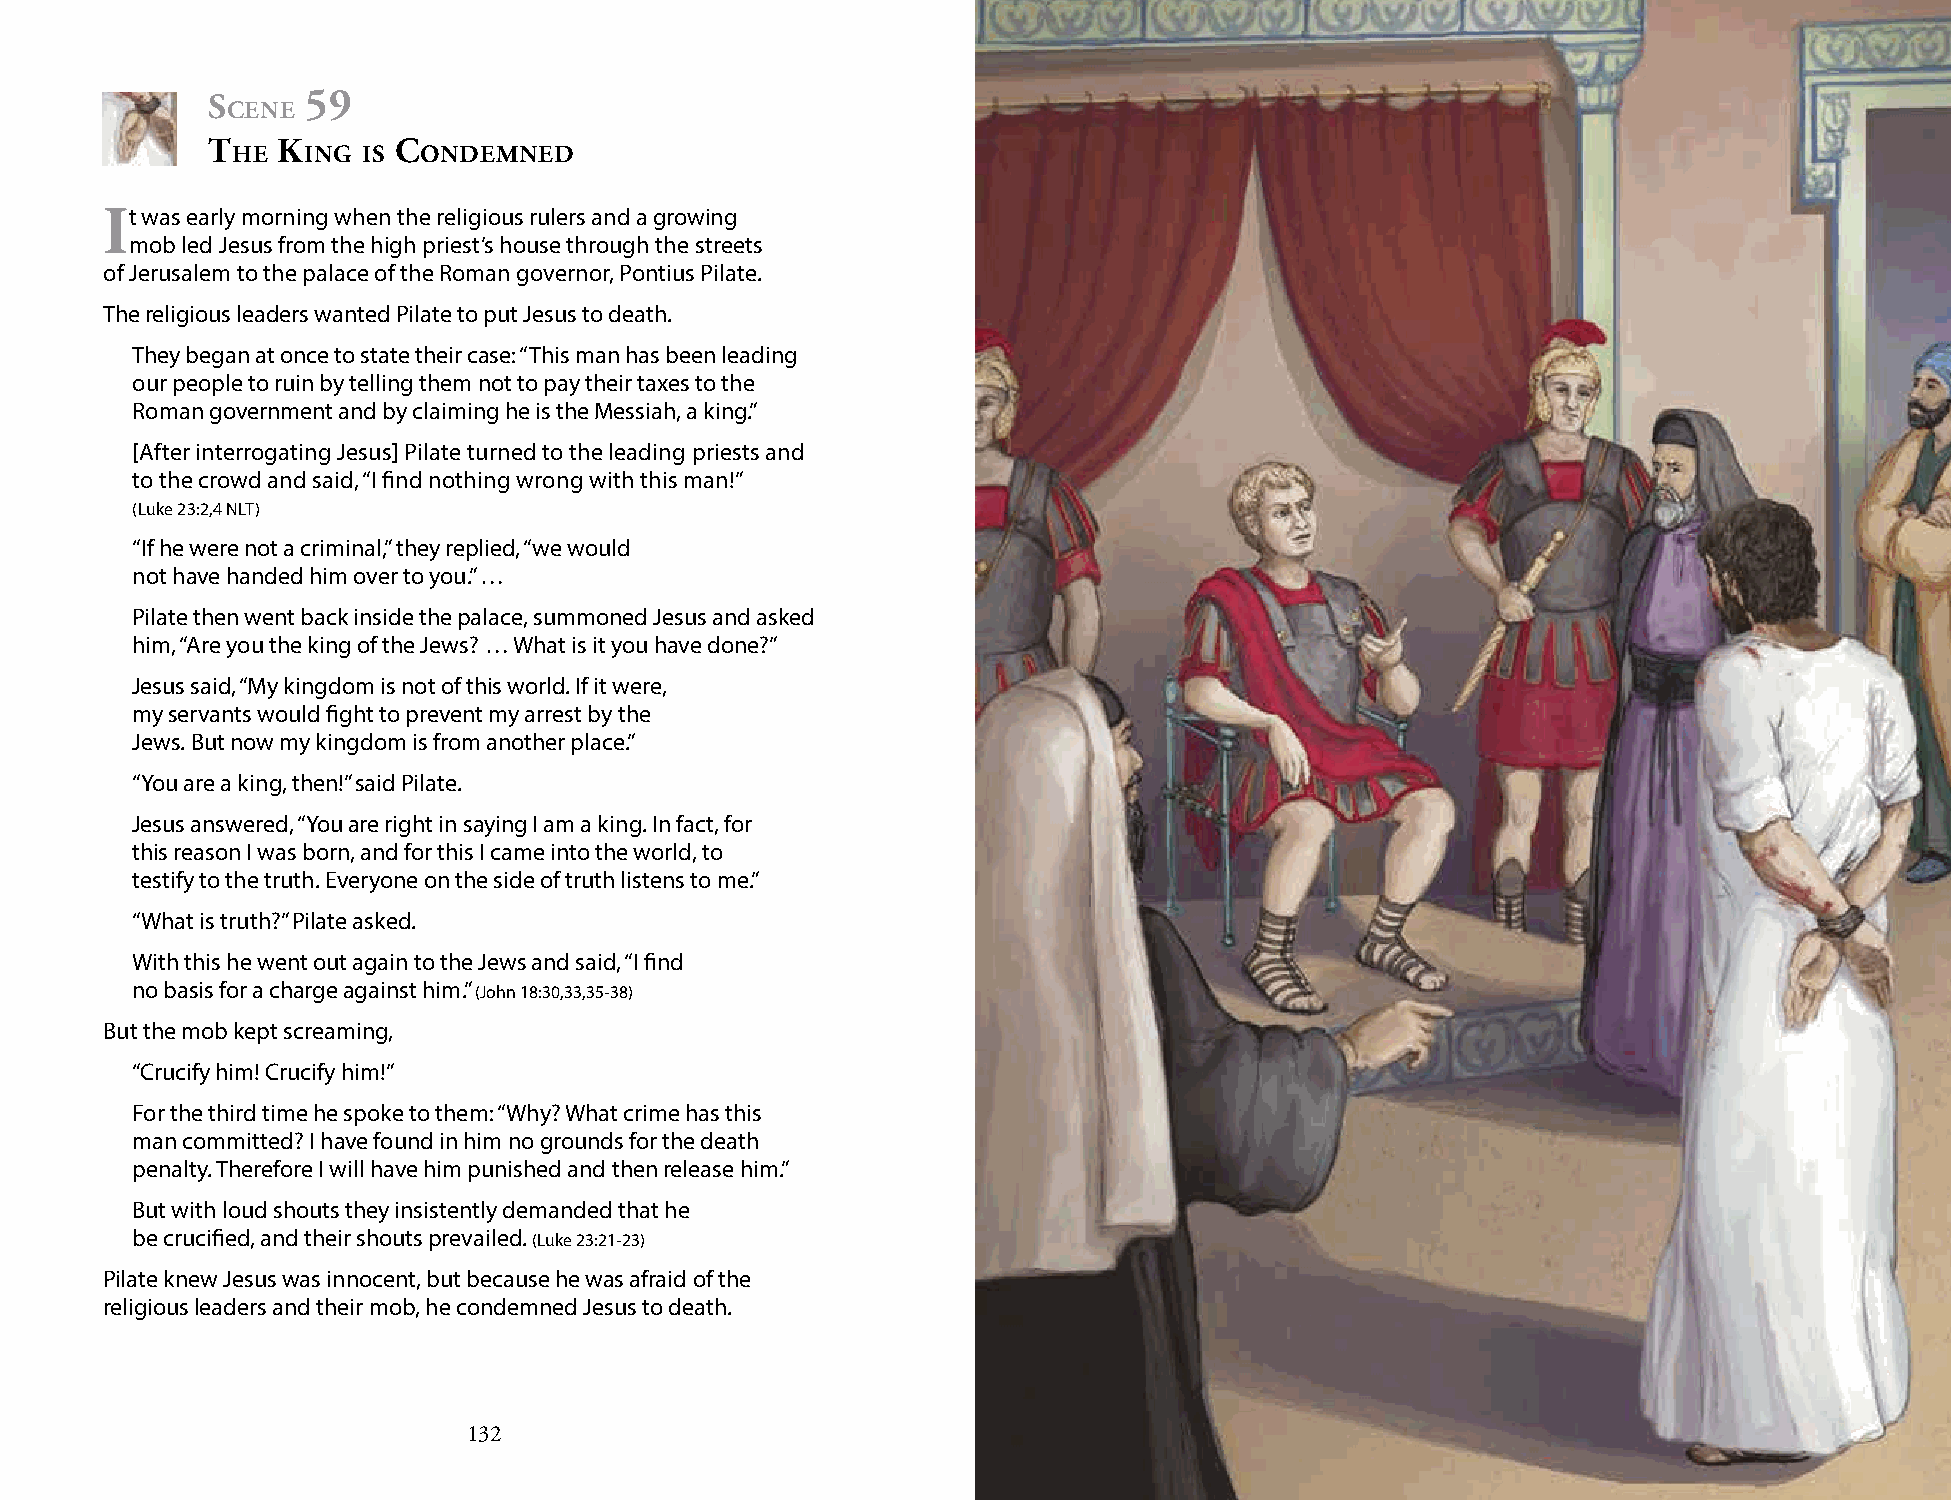
s     59
 cene
 t   K       c
 he   ing is  ondemned
 it was early morning when the religious rulers and a growing
 mob led Jesus from the high priest’s house through the streets
 of Jerusalem to the palace of the Roman governor, Pontius Pilate.
 The religious leaders wanted Pilate to put Jesus to death.
 They began at once to state their case: “This man has been leading
 our people to ruin by telling them not to pay their taxes to the
 Roman government and by claiming he is the Messiah, a king.”
 [After interrogating Jesus] Pilate turned to the leading priests and
 to the crowd and said, “I find nothing wrong with this man!”
 (Luke 23:2,4 NLT)
 “If he were not a criminal,” they replied, “we would
 not have handed him over to you.” …
 Pilate then went back inside the palace, summoned Jesus and asked
 him, “Are you the king of the Jews? … What is it you have done?”
 Jesus said, “My kingdom is not of this world. If it were,
 my servants would fight to prevent my arrest by the
 Jews. But now my kingdom is from another place.”
 “You are a king, then!” said Pilate.
 Jesus answered, “You are right in saying I am a king. In fact, for
 this reason I was born, and for this I came into the world, to
 testify to the truth. Everyone on the side of truth listens to me.”
 “What is truth?” Pilate asked.
 With this he went out again to the Jews and said, “I find
 no basis for a charge against him.” (John 18:30,33,35-38)
 But the mob kept screaming,
 “Crucify him! Crucify him!”
 For the third time he spoke to them: “Why? What crime has this
 man committed? I have found in him no grounds for the death
 penalty. Therefore I will have him punished and then release him.”
 But with loud shouts they insistently demanded that he
 be crucified, and their shouts prevailed. (Luke 23:21-23)
 Pilate knew Jesus was innocent, but because he was afraid of the
 religious leaders and their mob, he condemned Jesus to death.
 132